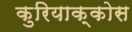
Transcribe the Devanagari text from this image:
कुरियाक्कोस